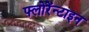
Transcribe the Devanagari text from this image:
फ्लोरेंन्टाइन